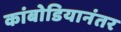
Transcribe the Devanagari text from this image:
कांबोडियानंतर